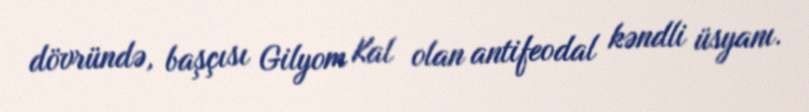
dövründə, başçısı Gilyom Kal olan antifeodal kəndli üsyanı.